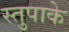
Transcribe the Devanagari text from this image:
स्तुपाके